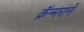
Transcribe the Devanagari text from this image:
क्रॅन्मराने